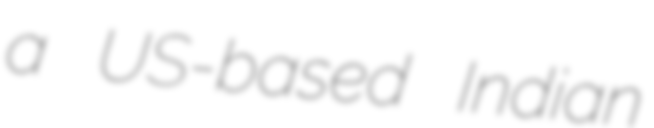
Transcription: a US-based Indian